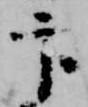
官